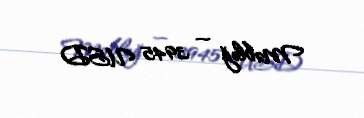
Məbləğ — 3945 USD